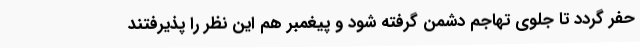
حفر گردد تا جلوی تهاجم دشمن گرفته شود و پیغمبر هم این نظر را پذیرفتند